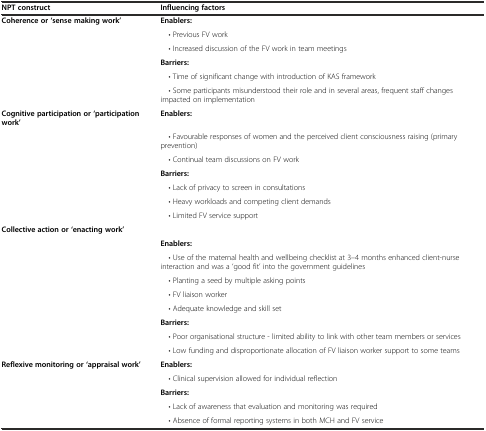
| NPT construct | Influencing factors |
 | --- | --- |
 | Coherence or‘sense making work’ | Enablers: |
 |  | • Previous FV work |
 |  | • Increased discussion of the FV work in team meetings |
 |  | Barriers: |
 |  | • Time of significant change with introduction of KAS framework |
 |  | • Some participants misunderstood their role and in several areas, frequent staff changes impacted on implementation |
 | Cognitive participation or‘participation work’ | Enablers: |
 |  | • Favourable responses of women and the perceived client consciousness raising (primary prevention) |
 |  | • Continual team discussions on FV work |
 |  | Barriers: |
 |  | • Lack of privacy to screen in consultations |
 |  | • Heavy workloads and competing client demands |
 |  | • Limited FV service support |
 | Collective action or‘enacting work’ |  |
 |  | Enablers: |
 |  | • Use of the maternal health and wellbeing checklist at 3–4 months enhanced client-nurse interaction and was a ‘good fit’ into the government guidelines |
 |  | • Planting a seed by multiple asking points |
 |  | • FV liaison worker |
 |  | • Adequate knowledge and skill set |
 |  | Barriers: |
 |  | • Poor organisational structure - limited ability to link with other team members or services |
 |  | • Low funding and disproportionate allocation of FV liaison worker support to some teams |
 | Reflexive monitoring or‘appraisal work’ | Enablers: |
 |  | • Clinical supervision allowed for individual reflection |
 |  | Barriers: |
 |  | • Lack of awareness that evaluation and monitoring was required |
 |  | • Absence of formal reporting systems in both MCH and FV service |